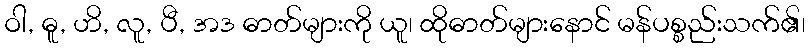
ဝါ, ဓူ, ဟိ, လူ, ပီ, အဒ ဓာတ်များကို ယူ၊ ထိုဓာတ်များနောင် မန်ပစ္စည်းသက်၏၊